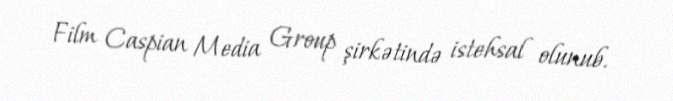
Film Caspian Media Group şirkətində istehsal olunub.